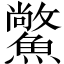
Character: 𩻪